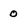
Character: 0